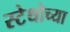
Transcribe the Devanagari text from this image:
स्टेथोच्या